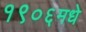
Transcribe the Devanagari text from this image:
१९०६मधे